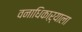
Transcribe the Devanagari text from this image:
वनाधिकाऱ्याला